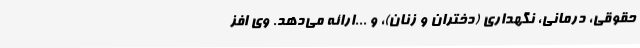
حقوقی، درمانی، نگهداری (دختران و زنان)، و ...ارائه می‌دهد. وی افز